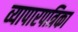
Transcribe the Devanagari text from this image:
व्यापारपत्रिका